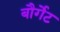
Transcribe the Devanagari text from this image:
बौर्गेट